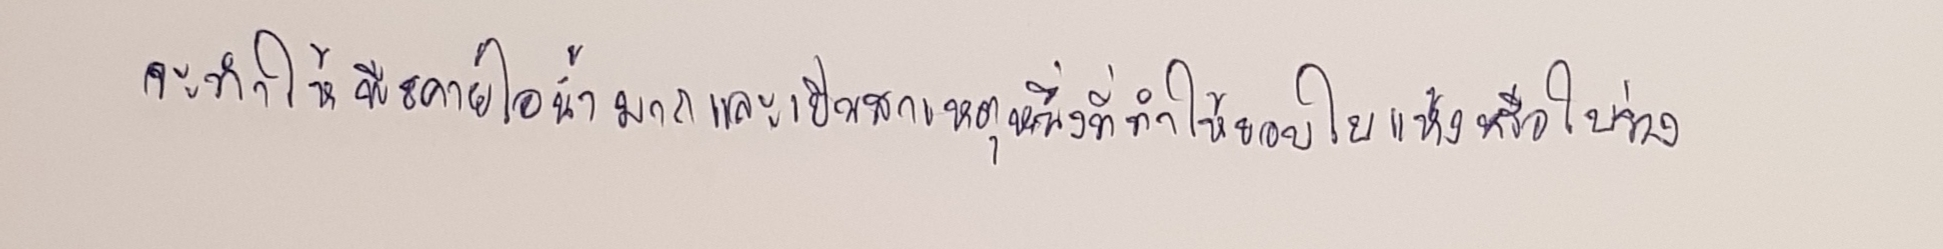
จะทำให้พืชคายไอน้ำมากและเป็นสาเหตุหนึ่งที่ทำให้ขอบใบแห้งหรือใบร่วง